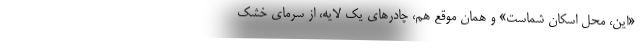
«اين، محل اسكان شماست» و همان موقع هم، چادرهاي يك لايه، از سرماي خشك